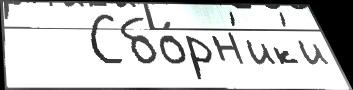
   Сбо́рн'ик'и